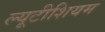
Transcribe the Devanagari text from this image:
ल्यूटीशियम